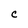
Character: C